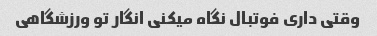
وقتی داری فوتبال نگاه میکنی انگار تو ورزشگاهی